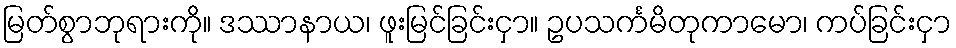
မြတ်စွာဘုရားကို။ ဒဿာနာယ၊ ဖူးမြင်ခြင်းငှာ။ ဥပသင်္ကမိတုကာမော၊ ကပ်ခြင်းငှာ